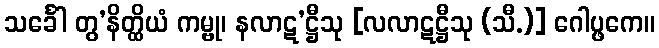
သင်္ခေါ တွ’နိတ္ထိယံ ကမ္ဗု၊ နလာဋ’ဋ္ဌီသု [လလာဋဋ္ဌီသု (သီ.)] ဂေါပ္ဖကေ။